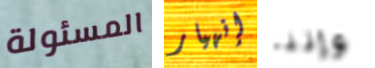
المسئولة إنهيار وإننا